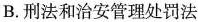
B.刑法和治安管理处罚法